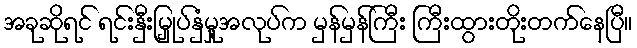
အခုဆိုရင် ရင်းနှီးမြှုပ်နှံမှု့အလုပ်က မှန်မှန်ကြီး ကြီးထွားတိုးတက်နေပြီ။